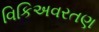
વિકિઅવરતણ